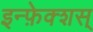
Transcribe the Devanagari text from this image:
इन्फ़ेक्शस्